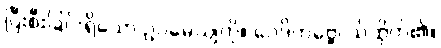
ပြီးစီးခြင်းရှိသော ဥပမေယျကို။ ဝေဒိတဗ္ဗေ၊ သိထိုက်၏။